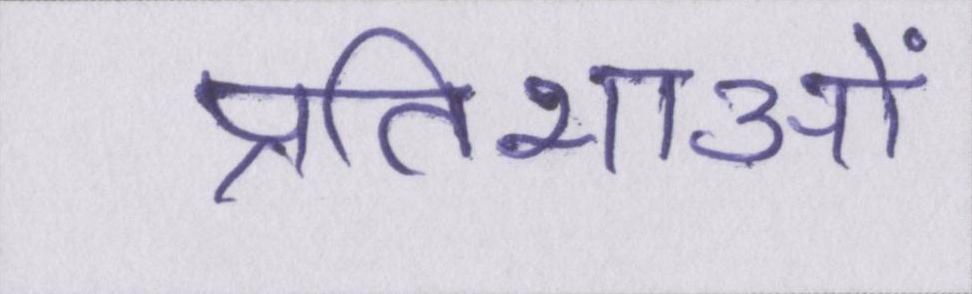
प्रतिभाओं